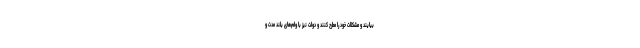
بیایند و مشکلات خود را مطرح کنند و دولت نیز با وام‌های بلند مدت و